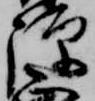
弾